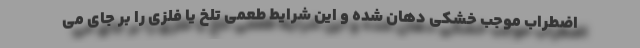
اضطراب موجب خشکی دهان شده و این شرایط طعمی تلخ یا فلزی را بر جای می